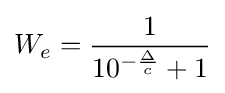
W_{e}={\frac {1}{10^{-{\frac {\Delta }{c}}}+1}}